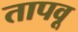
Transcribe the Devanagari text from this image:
तापवू